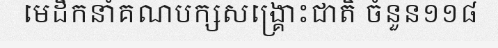
មេដឹកនាំគណបក្សសង្គ្រោះជាតិ ចំនួន១១៨